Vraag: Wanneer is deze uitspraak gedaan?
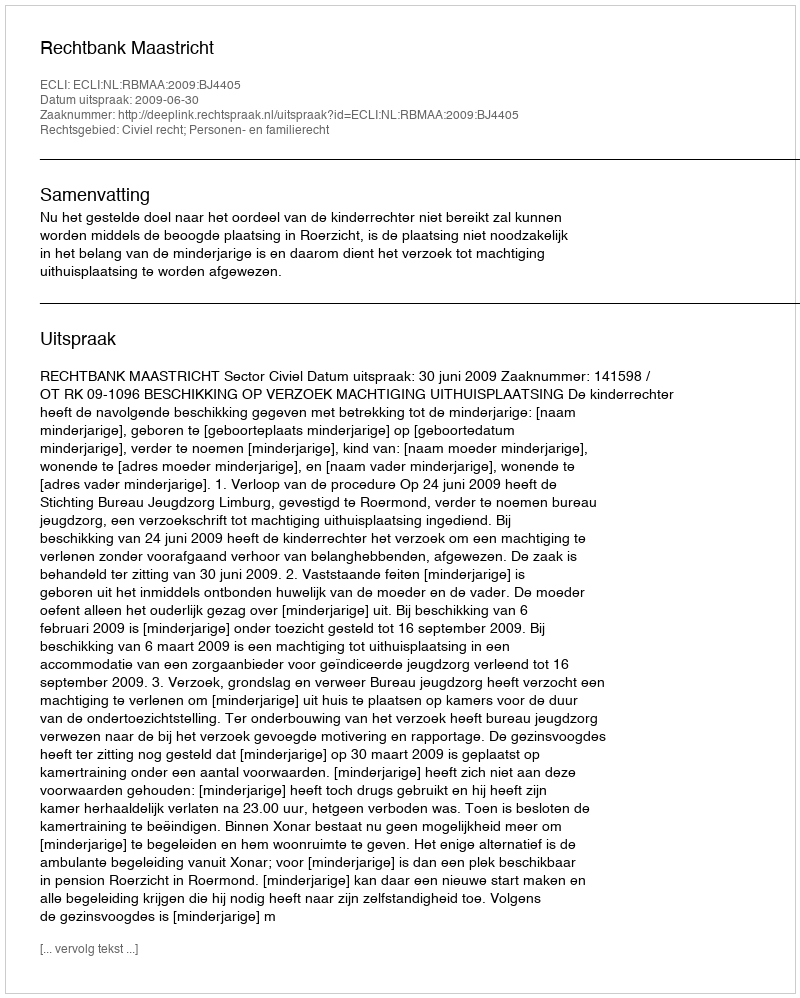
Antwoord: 2009-06-30